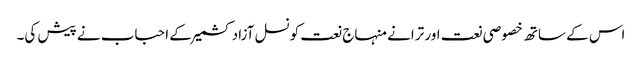
اس کے ساتھ خصوصی نعت اور ترانے منہاج نعت کونسل آزاد کشمیر کے احباب نے پیش کی۔